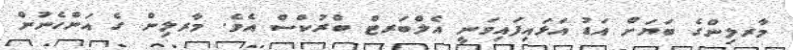
މާރލިންގެ ބަޔަށް އަޑު އަޅައިފައިވަނީ އެލްބަރޓް ބްރުކްސް އެވެ. މާރލިން ގެ އަންހެނުން